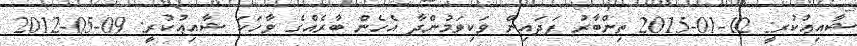
ޝާއިޢުކުރީ: 12-01-2015 ތިންބާރު ފަދައިން ވަކިވަމުންދާ އެހެން ބާރެއްގެ ވާހަކަ ޝާއިޢުކުރީ: 09-05-2012